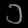
Digit: ၁